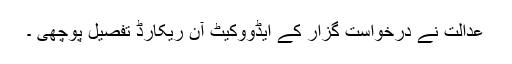
عدالت نے درخواست گزار کے ایڈووکیٹ آن ریکارڈ تفصیل پوچھی ۔